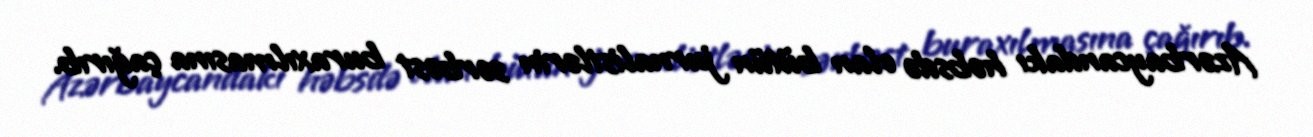
Azərbaycandakı həbsdə olan bütün jurnalistlərin sərbəst buraxılmasına çağırıb.